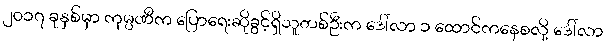
၂၀၁၇ ခုနှစ်မှာ ကုမ္ပဏီက ပြောရေးဆိုခွင့်ရှိသူတစ်ဦးက ဒေါ်လာ ၁ ထောင်ကနေစလို့ ဒေါ်လာ